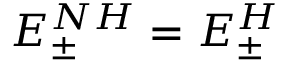
E _ { \pm } ^ { N H } = E _ { \pm } ^ { H }